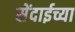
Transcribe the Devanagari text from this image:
सेंदाईच्या